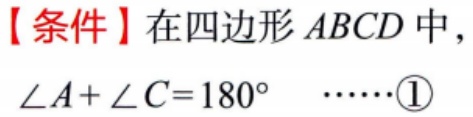
【条件】在四边形 \(ABCD\) 中，\(\angle A+\angle C = 180^{\circ}\)  \(\cdots\cdots\)\textcircled{1}